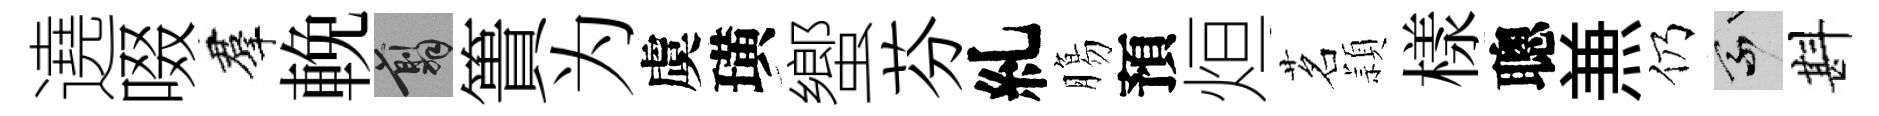
遶啜羣輓翦簣为虞璜蠁芬糺膓預烜茗頴樣聰𠔥仍乘斟